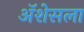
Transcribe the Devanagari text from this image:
ॲशेसला